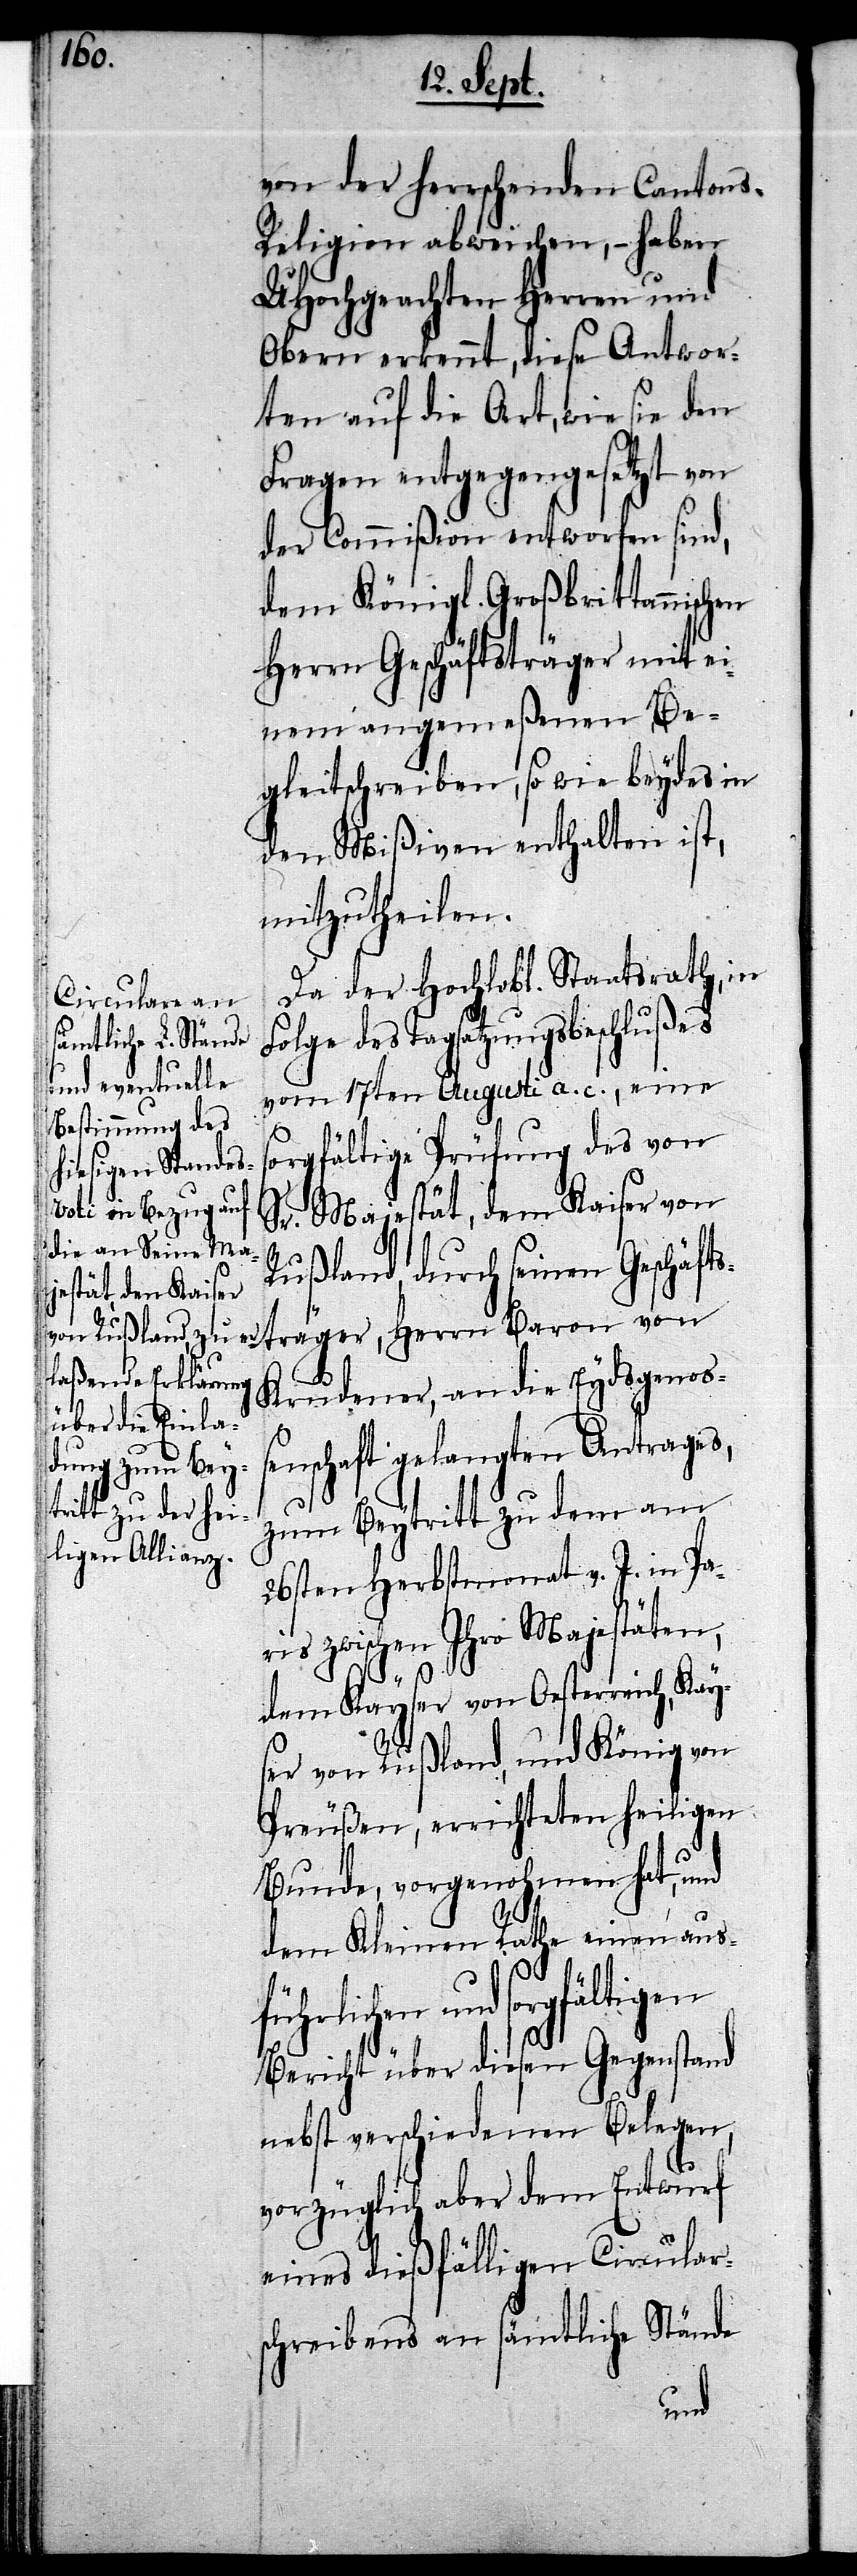
von der herrschenden Cantons-R¬
eligion abweichen, – haben
UHochgeachten Herren und
Obern erkennt, diese Antwor¬
ten auf die Art, wie sie den
Fragen entgegengesetzt von
der Commißion entworfen sind,
dem Königl. Großbrittannischen
Herrn Geschäftsträger mit ei¬
nem angemeßenen Be¬
gleitschreiben, so wie beydes in
den Mißiven enthalten ist,
mitzutheilen.
Da der Hochlobl. Staatsrath, in
des Tagsatzungsbeschlußes
vom 17ten Augusti a. c., eine
sorgfältige Prüfung des von
Sr. Majestät, dem Kaiser von
Rußland, durch seinen Geschäft¬
gen
Krudener, an die Eydsgenoß¬
enschaft gelangten Antrages,
zum Beytritt zu dem am
26sten Herbstmonat v. J. in Pa¬
ris zwischen Ihro Majestäten,
dem Kayser von Oesterreich, Kays¬
er von Rußland, und König von
Preußen, errichteten heiligen
Bunde, vorgenohmen hat, und
dem Kleinen Rathe einen aus¬
führlichen und sorgfälti¬
Bericht über diesen Gegenstand
nebst verschiedenen Belegen,
vorzüglich aber dem Entwurf
eines dießfälligen Circular¬
schreibens an sämtliche Stände